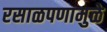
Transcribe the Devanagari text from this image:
रसाळपणामुळे